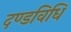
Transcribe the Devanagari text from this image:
दण्डविधि